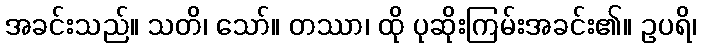
အခင်းသည်။ သတိ၊ သော်။ တဿာ၊ ထို ပုဆိုးကြမ်းအခင်း၏။ ဥပရိ၊